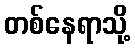
တစ်နေရာသို့